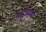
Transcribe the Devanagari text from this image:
आमंत्रणांची